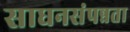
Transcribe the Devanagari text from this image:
साधनसंपन्नता